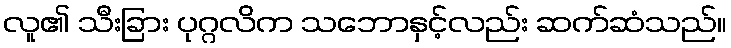
လူ၏ သီးခြား ပုဂ္ဂလိက သဘောနှင့်လည်း ဆက်ဆံသည်။